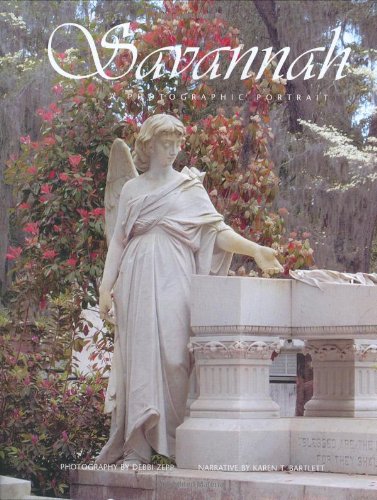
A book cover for Savannah: A Photographic Portrait; Debbi Zepp; Travel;